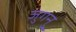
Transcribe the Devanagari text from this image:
जुगनु